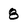
Character: 8